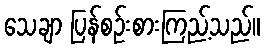
သေချာ ပြန်စဉ်းစားကြည့်သည်။